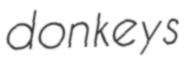
donkeys